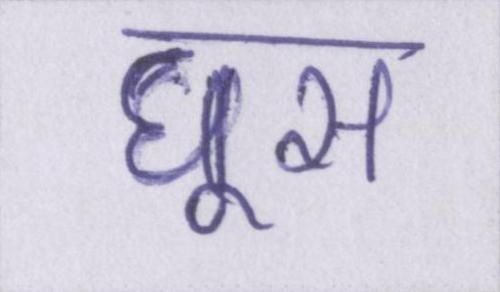
घूस